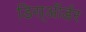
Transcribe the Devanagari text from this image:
डिस्ऑर्डर